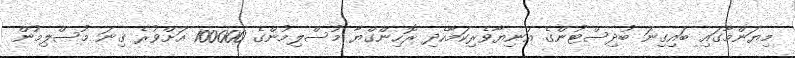
މިޔަންމާގައި ބައިގިނަ ބުދިސްޓުންގެ އަނިޔާވެރިކަމާހެދި ރޮހިންގްޔާ މުސްލިމުންގެ 100000 އަށްވުރެ ގިނަ މުސްލިމުން